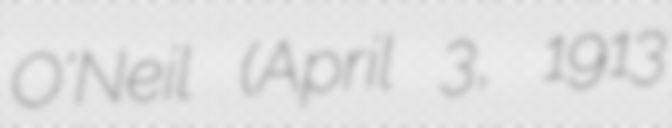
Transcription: O'Neil (April 3, 1913